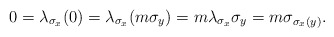
\begin{align*}0=\lambda_{\sigma_x}(0)=\lambda_{\sigma_x}(m\sigma_y)=m\lambda_{\sigma_x}\sigma_y=m\sigma_{\sigma_x(y)}.\end{align*}